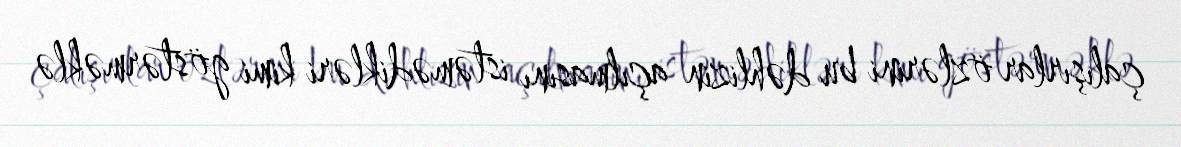
çalışırlar özlərini bu dəhlizin açılmasını istəmədikləri kimi göstərməklə